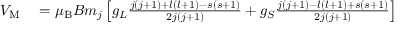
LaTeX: \begin{array} { r l } { V _ { \mathrm { { M } } } } & { { } = \mu _ { \mathrm { { B } } } B m _ { j } \left[ g _ { L } { \frac { j ( j + 1 ) + l ( l + 1 ) - s ( s + 1 ) } { 2 j ( j + 1 ) } } + g _ { S } { \frac { j ( j + 1 ) - l ( l + 1 ) + s ( s + 1 ) } { 2 j ( j + 1 ) } } \right] } \end{array}